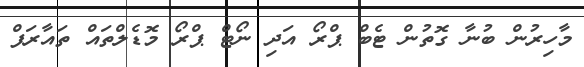
މާހިރުން ބުނާ ގޮތުން ޓެބް ޕްރޯ އަދި ނޯޓް ޕްރޯ މޮޑެލްތައް ތައާރަފް